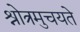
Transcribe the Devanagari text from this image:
श्रोत्रमुचयते